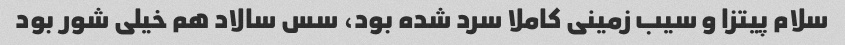
سلام پیتزا و سیب زمینی کاملا سرد شده بود، سس سالاد هم خیلی شور بود